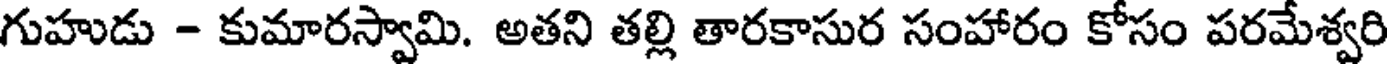
గుహుడు - కుమారస్వామి. అతని తల్లి తారకాసుర సంహారం కోసం పరమేశ్వరి